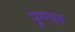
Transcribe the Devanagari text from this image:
पुग्गल